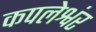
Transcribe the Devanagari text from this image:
कपलेश्वंर